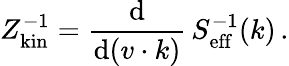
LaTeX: Z_{\mathrm{kin}}^{-1}={\frac{\mathrm{d}}{\mathrm{d}(v\cdot k)}}\, S_{\mathrm{eff}}^{-1}(k)\, .